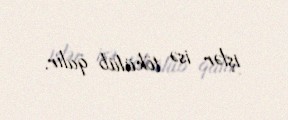
işlər isə tökülüb qalır.